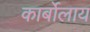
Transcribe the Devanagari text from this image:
कार्बोलाय